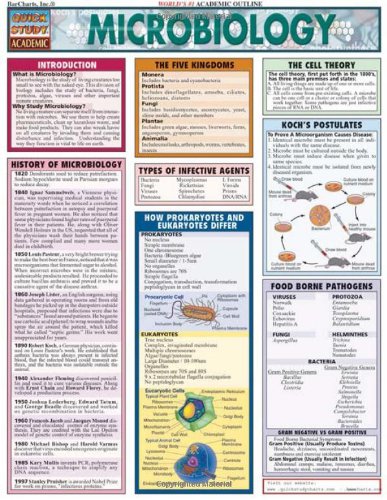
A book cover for Microbiology (Quickstudy: Academic); Inc. BarCharts; Medical Books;